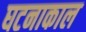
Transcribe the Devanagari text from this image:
घटनाकाल